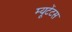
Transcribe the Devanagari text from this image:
म्यूटेंटस